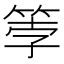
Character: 𫂀